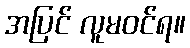
အပြင် လူမဝင်ရ။